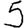
Digit: 5